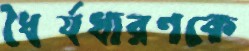
ধৈর্যধারণকে